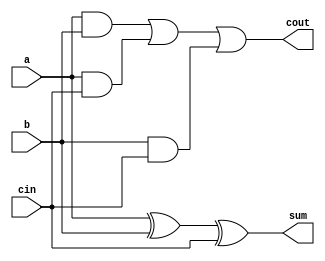
module top_module( 
    input a, b, cin,
    output cout, sum );
    wire t1,t2,t3;
    assign t1 = a & b;
    assign t2 = a & cin;
    assign t3 = b & cin;
    assign sum = a ^ b ^ cin;
    assign cout = t1 | t2 | t3;

endmodule